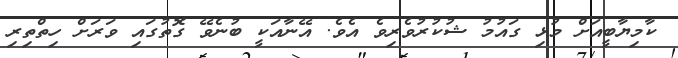
ކާމިޔާބީއަށް މުޅި ގައުމު ޝުކުރުވެރިވެ އެވެ. އޭނާއަކީ ބުނެވޭ ގޮތުގައި ވަރަށް ހިތްތިރި